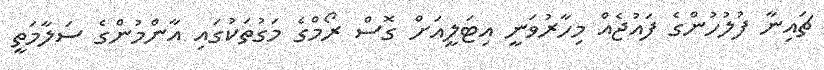
ޗައިނާ ފުލުހުންގެ ފައުޖެއް މިހާރުވަނީ އިޓަލީއަށް ގޮސް ރޯމްގެ މަގުތަކުގައި އާންމުންގެ ސަލާމަތީ